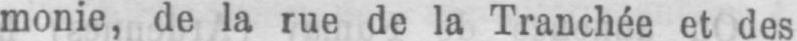
monie, de la rue de la Tranchée et des